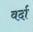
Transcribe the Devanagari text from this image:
वर्दा